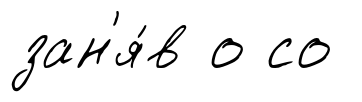
зан'я́в о со